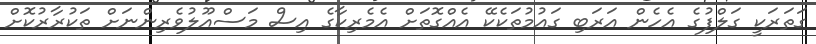
ގަތަރަކީ ގަލްފުގެ އެހެން އަރަބި ގައުމުތަކެކޭ އެއްގޮތަށް އެމެރިކާގެ އިސް މަސްއޫލުވެރިންނަށް ތަކުރާރުކޮށް